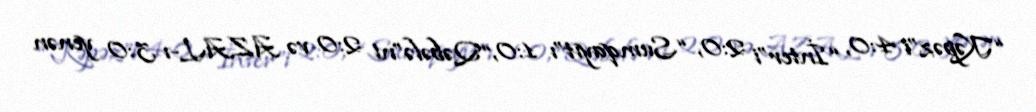
“Kəpəz”i 4:0, “İnter”i 2:0, “Sumqayıt”ı 1:0, “Qəbələ”ni 2:0 və AZAL-ı 3:0 yenən